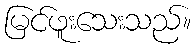
မြင်ဖူးသေးသည်။